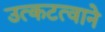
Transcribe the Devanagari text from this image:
उत्कटत्वाने